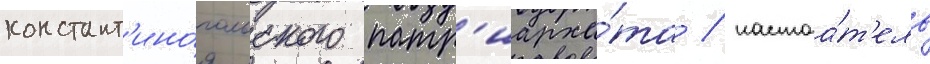
констант'ино́польского патр'иарха́та / настоа́т'ель